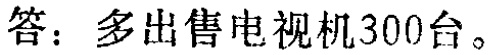
答：多出售电视机300台。